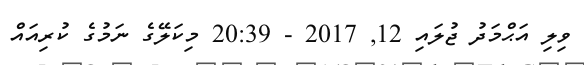
ވިލި އަޙްމަދު ޖުލައި 12